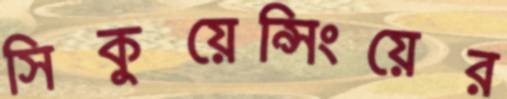
সিকুয়েন্সিংয়ের